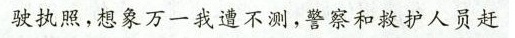
驶执照，想象万一道不测，警察和极护人员赶